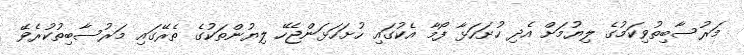
މަރުސާބިތުވިކަމުގެ ލިޔުމަށް އެދި ހުށަހަޅާ ފޯމާ އެކުގައި ހުށަހަޅަންޖެހޭ ލިޔުންތަކުގެ ތެރޭގައި މަރުސާބިތުކުރެވޭ